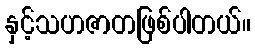
နှင့်သဟဇာတဖြစ်ပါတယ်။